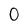
Character: o